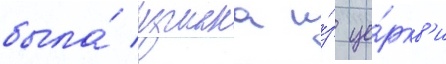
была́ изгнана и́з це́ркв'и